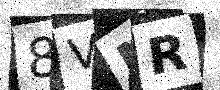
Text: 8VNR